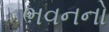
ભવનનો